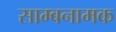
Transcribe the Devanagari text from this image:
साम्बनामक